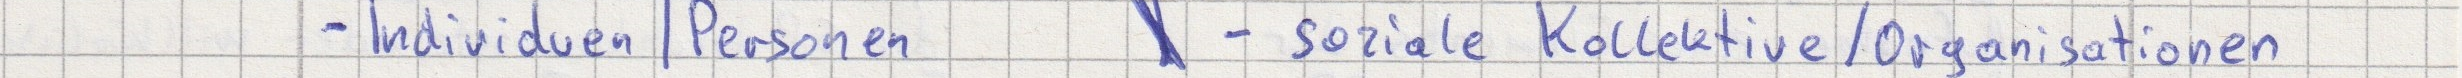
- Individuen | Personen   \ - soziale Kollektive / Organisationen